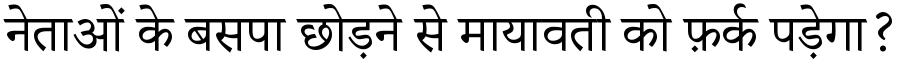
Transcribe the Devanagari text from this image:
नेताओं के बसपा छोड़ने से मायावती को फ़र्क पड़ेगा?